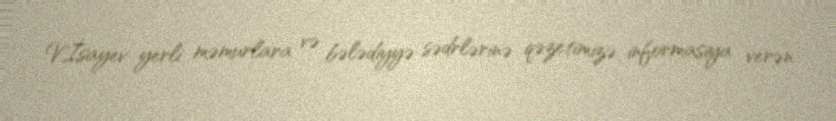
V.İsayev yerli məmurlara və bələdiyyə sədrlərinə qəzetimizə informasiya verən